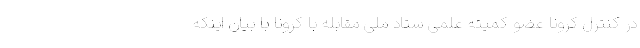
در کنترل کرونا عضو کمیته علمی ستاد ملی مقابله با کرونا با بیان اینکه